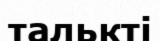
талькті